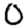
Digit: 0